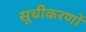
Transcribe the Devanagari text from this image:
सूचीकरणों